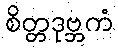
စိတ္တဒုဗ္ဘကံ